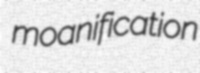
moanification